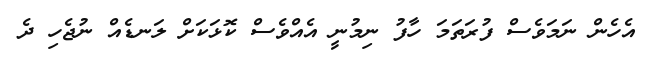
އެހެން ނަމަވެސް ފުރަތަމަ ހާފު ނިމުނީ އެއްވެސް ކޮޅަކަށް ލަނޑެއް ނުޖެހި ދެ